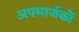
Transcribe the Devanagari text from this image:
अपमार्जकों